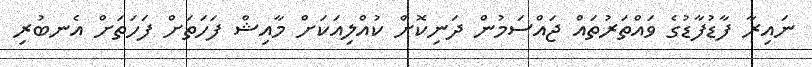
ނައިރާ ފާޑުފާޑުގެ ވައްތަރުތައް ޖައްސަމުން ދަނިކޮށް ކުއްލިއަކަށް މާއިޝް ފަހަތަށް ފަހަތަށް އެނބުރި